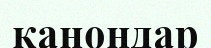
канондар